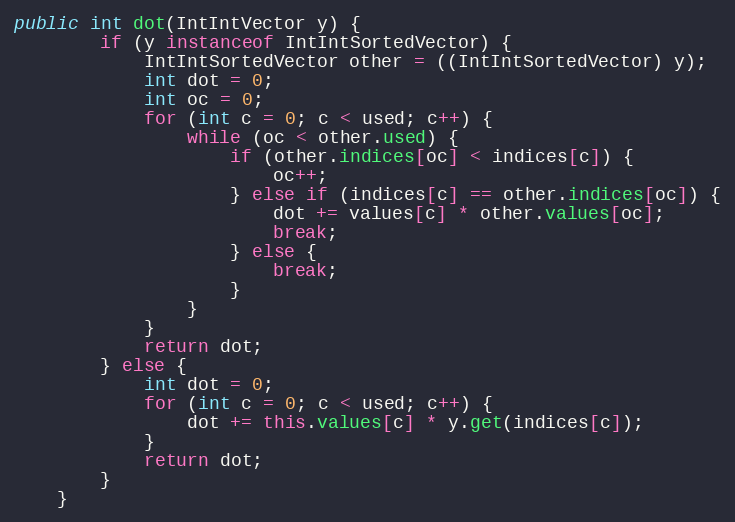
Language: Java
public int dot(IntIntVector y) {
        if (y instanceof IntIntSortedVector) {
            IntIntSortedVector other = ((IntIntSortedVector) y);
            int dot = 0;
            int oc = 0;
            for (int c = 0; c < used; c++) {
                while (oc < other.used) {
                    if (other.indices[oc] < indices[c]) {
                        oc++;
                    } else if (indices[c] == other.indices[oc]) {
                        dot += values[c] * other.values[oc];
                        break;
                    } else {
                        break;
                    }
                }
            }
            return dot;
        } else {
            int dot = 0;
            for (int c = 0; c < used; c++) {
                dot += this.values[c] * y.get(indices[c]);
            }
            return dot;
        }
    }